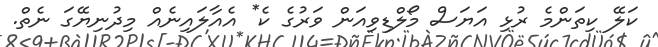
ކަލޭ ކިތަންމެ ރުޅި އަޔަސް މޯލްޑިވިއަން ވަރުގެ ކެ* އެއާލައިނެއް މިދުނިޔޭގަ ނެތް.